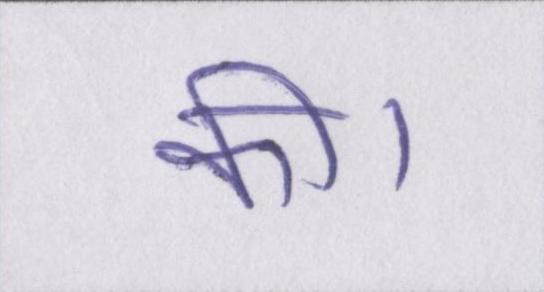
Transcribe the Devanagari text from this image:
की।